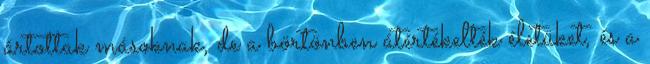
ártottak másoknak, de a börtönben átértékelték életüket, és a